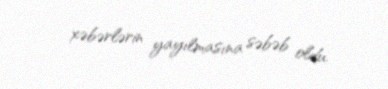
xəbərlərin yayılmasına səbəb oldu.